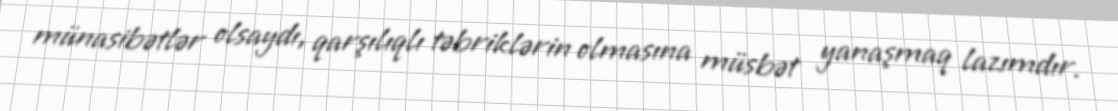
münasibətlər olsaydı, qarşılıqlı təbriklərin olmasına müsbət yanaşmaq lazımdır.